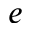
\boldsymbol { e }